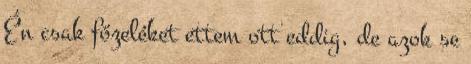
Én csak főzeléket ettem ott eddig, de azok se